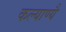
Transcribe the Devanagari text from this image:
कल्याण्यै